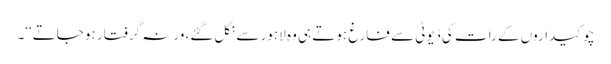
چوکیداروں کے رات کی ڈیوٹی سے فارغ ہوتے ہی وہ لاہور سے نکل گئے، ورنہ گرفتار ہو جاتے‘‘۔